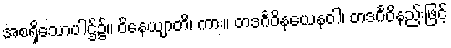
အစရှိသောပါဌ်၌။ ဝိနေယျာတိ၊ ကား။ တဒင်္ဂဝိနယေနဝါ၊ တဒင်္ဂဝိနည်းဖြင့်